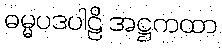
ဓမ္မပဒပါဠိ အဋ္ဌကထာ